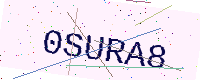
Text: 0SURA8